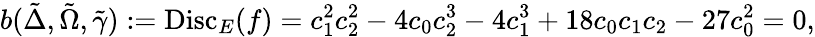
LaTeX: b(\tilde{\Delta},\tilde{\Omega},\tilde{\gamma}):=\mathrm{Disc}_{E}(f)=c_{1}^{2}c_{2}^{2}-4c_{0}c_{2}^{3}-4c_{1}^{3}+18c_{0}c_{1}c_{2}-27c_{0}^{2}=0,